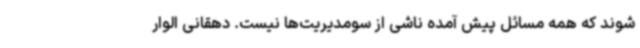
شوند که همه مسائل پیش آمده ناشی از سومدیریت‌ها نیست. دهقانی الوار